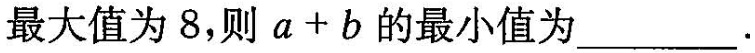
最大值为8，则$$a+b$$的最小值为___.